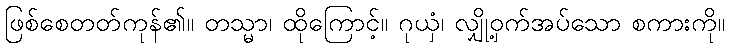
ဖြစ်စေတတ်ကုန်၏။ တသ္မာ၊ ထိုကြောင့်။ ဂုယှံ၊ လျှို့ဝှက်အပ်သော စကားကို။